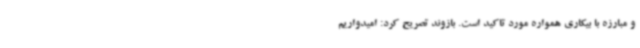
و مبارزه با بیکاری همواره مورد تاکید است. بازوند تصریح کرد: امیدواریم